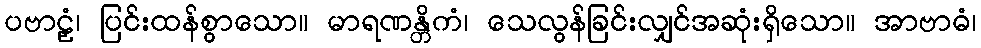
ပဗာဠှံ၊ ပြင်းထန်စွာသော။ မာရဏန္တိကံ၊ သေလွန်ခြင်းလျှင်အဆုံးရှိသော။ အာဗာဓံ၊